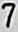
7